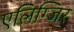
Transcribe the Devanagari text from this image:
एलिग्जिर